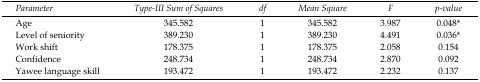
| Parameter | Type-III Sum of Squares | df | Mean Square | F | p-value |
 | --- | --- | --- | --- | --- | --- |
 | Age | 345.582 | 1 | 345.582 | 3.987 | 0.048* |
 | Level of seniority | 389.230 | 1 | 389.230 | 4.491 | 0.036* |
 | Work shift | 178.375 | 1 | 178.375 | 2.058 | 0.154 |
 | Confidence | 248.734 | 1 | 248.734 | 2.870 | 0.092 |
 | Yawee language skill | 193.472 | 1 | 193.472 | 2.232 | 0.137 |